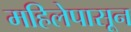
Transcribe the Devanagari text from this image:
महिलेपासून